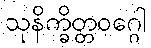
သုနိက္ခိတ္တဝဂ္ဂေါ